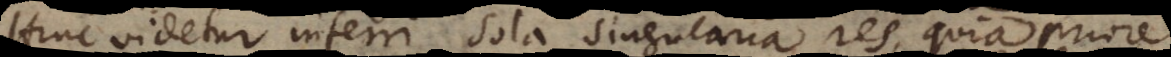
Hinc videtur inferri, sola singularia res, quia priore